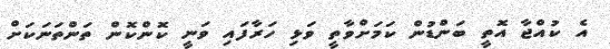
އެ ކުއްޖާ އޮތީ ބަންޑުން ކަމަށްވާތީ ވަޅި ހަރާފައި ވަނީ ކޮންކޮން ތަންތަނަކަށް